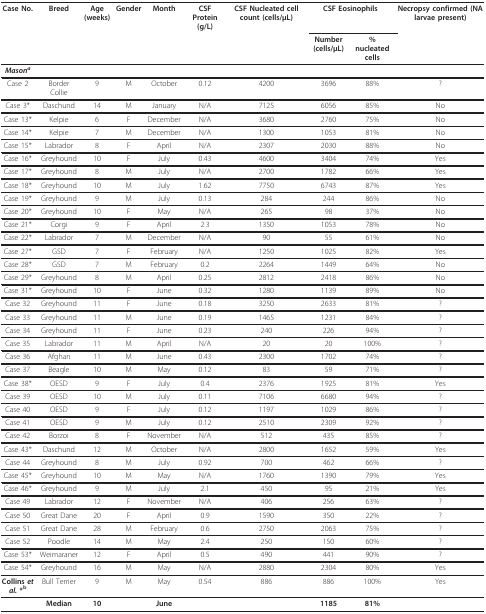
<table><thead><tr><td><b>Case No.</b></td><td><b>Breed</b></td><td><b>Age (weeks)</b></td><td><b>Gender</b></td><td><b>Month</b></td><td><b>CSF Protein (g/L)</b></td><td><b>CSF Nucleated cell count (cells/μL)</b></td><td colspan="2"><b>CSF Eosinophils</b></td><td><b>Necropsy confirmed (NA larvae present)</b></td></tr><tr><td></td><td></td><td></td><td></td><td></td><td></td><td></td><td><b>Number (cells/μL)</b></td><td><b>% nucleated cells</b></td><td></td></tr></thead><tbody><tr><td><b><i>Mason<sup>a</sup></i></b></td><td></td><td></td><td></td><td></td><td></td><td></td><td></td><td></td><td></td></tr><tr><td>Case 2</td><td>Border Collie</td><td>9</td><td>M</td><td>October</td><td>0.12</td><td>4200</td><td>3696</td><td>88%</td><td>?</td></tr><tr><td>Case 3*</td><td>Daschund</td><td>14</td><td>M</td><td>January</td><td>N/A</td><td>7125</td><td>6056</td><td>85%</td><td>No</td></tr><tr><td>Case 13*</td><td>Kelpie</td><td>6</td><td>F</td><td>December</td><td>N/A</td><td>3680</td><td>2760</td><td>75%</td><td>No</td></tr><tr><td>Case 14*</td><td>Kelpie</td><td>7</td><td>M</td><td>December</td><td>N/A</td><td>1300</td><td>1053</td><td>81%</td><td>No</td></tr><tr><td>Case 15*</td><td>Labrador</td><td>8</td><td>F</td><td>April</td><td>N/A</td><td>2307</td><td>2030</td><td>88%</td><td>No</td></tr><tr><td>Case 16*</td><td>Greyhound</td><td>10</td><td>F</td><td>July</td><td>0.43</td><td>4600</td><td>3404</td><td>74%</td><td>Yes</td></tr><tr><td>Case 17*</td><td>Greyhound</td><td>8</td><td>M</td><td>July</td><td>N/A</td><td>2700</td><td>1782</td><td>66%</td><td>Yes</td></tr><tr><td>Case 18*</td><td>Greyhound</td><td>10</td><td>M</td><td>July</td><td>1.62</td><td>7750</td><td>6743</td><td>87%</td><td>Yes</td></tr><tr><td>Case 19*</td><td>Greyhound</td><td>9</td><td>M</td><td>July</td><td>0.13</td><td>284</td><td>244</td><td>86%</td><td>No</td></tr><tr><td>Case 20*</td><td>Greyhound</td><td>10</td><td>F</td><td>May</td><td>N/A</td><td>265</td><td>98</td><td>37%</td><td>No</td></tr><tr><td>Case 21*</td><td>Corgi</td><td>9</td><td>F</td><td>April</td><td>2.3</td><td>1350</td><td>1053</td><td>78%</td><td>No</td></tr><tr><td>Case 22*</td><td>Labrador</td><td>7</td><td>M</td><td>December</td><td>N/A</td><td>90</td><td>55</td><td>61%</td><td>No</td></tr><tr><td>Case 27*</td><td>GSD</td><td>7</td><td>F</td><td>February</td><td>N/A</td><td>1250</td><td>1025</td><td>82%</td><td>Yes</td></tr><tr><td>Case 28*</td><td>GSD</td><td>7</td><td>M</td><td>February</td><td>0.2</td><td>2264</td><td>1449</td><td>64%</td><td>No</td></tr><tr><td>Case 29*</td><td>Greyhound</td><td>8</td><td>M</td><td>April</td><td>0.25</td><td>2812</td><td>2418</td><td>86%</td><td>No</td></tr><tr><td>Case 31*</td><td>Greyhound</td><td>10</td><td>F</td><td>June</td><td>0.32</td><td>1280</td><td>1139</td><td>89%</td><td>No</td></tr><tr><td>Case 32</td><td>Greyhound</td><td>11</td><td>F</td><td>June</td><td>0.18</td><td>3250</td><td>2633</td><td>81%</td><td>?</td></tr><tr><td>Case 33</td><td>Greyhound</td><td>11</td><td>M</td><td>June</td><td>0.19</td><td>1465</td><td>1231</td><td>84%</td><td>?</td></tr><tr><td>Case 34</td><td>Greyhound</td><td>11</td><td>F</td><td>June</td><td>0.23</td><td>240</td><td>226</td><td>94%</td><td>?</td></tr><tr><td>Case 35</td><td>Labrador</td><td>11</td><td>M</td><td>April</td><td>N/A</td><td>20</td><td>20</td><td>100%</td><td>?</td></tr><tr><td>Case 36</td><td>Afghan</td><td>11</td><td>M</td><td>June</td><td>0.43</td><td>2300</td><td>1702</td><td>74%</td><td>?</td></tr><tr><td>Case 37</td><td>Beagle</td><td>10</td><td>M</td><td>May</td><td>0.12</td><td>83</td><td>59</td><td>71%</td><td>?</td></tr><tr><td>Case 38*</td><td>OESD</td><td>9</td><td>F</td><td>July</td><td>0.4</td><td>2376</td><td>1925</td><td>81%</td><td>Yes</td></tr><tr><td>Case 39</td><td>OESD</td><td>10</td><td>M</td><td>July</td><td>0.11</td><td>7106</td><td>6680</td><td>94%</td><td>?</td></tr><tr><td>Case 40</td><td>OESD</td><td>9</td><td>F</td><td>July</td><td>0.12</td><td>1197</td><td>1029</td><td>86%</td><td>?</td></tr><tr><td>Case 41</td><td>OESD</td><td>9</td><td>M</td><td>July</td><td>0.12</td><td>2510</td><td>2309</td><td>92%</td><td>?</td></tr><tr><td>Case 42</td><td>Borzoi</td><td>8</td><td>F</td><td>November</td><td>N/A</td><td>512</td><td>435</td><td>85%</td><td>?</td></tr><tr><td>Case 43*</td><td>Daschund</td><td>12</td><td>M</td><td>October</td><td>N/A</td><td>2800</td><td>1652</td><td>59%</td><td>Yes</td></tr><tr><td>Case 44</td><td>Greyhound</td><td>8</td><td>M</td><td>July</td><td>0.92</td><td>700</td><td>462</td><td>66%</td><td>?</td></tr><tr><td>Case 45*</td><td>Greyhound</td><td>10</td><td>M</td><td>May</td><td>N/A</td><td>1760</td><td>1390</td><td>79%</td><td>Yes</td></tr><tr><td>Case 46*</td><td>Greyhound</td><td>9</td><td>M</td><td>July</td><td>2.1</td><td>450</td><td>95</td><td>21%</td><td>Yes</td></tr><tr><td>Case 49</td><td>Labrador</td><td>12</td><td>F</td><td>November</td><td>N/A</td><td>406</td><td>256</td><td>63%</td><td>?</td></tr><tr><td>Case 50</td><td>Great Dane</td><td>20</td><td>F</td><td>April</td><td>0.9</td><td>1590</td><td>350</td><td>22%</td><td>?</td></tr><tr><td>Case 51</td><td>Great Dane</td><td>28</td><td>M</td><td>February</td><td>0.6</td><td>2750</td><td>2063</td><td>75%</td><td>?</td></tr><tr><td>Case 52</td><td>Poodle</td><td>14</td><td>M</td><td>May</td><td>2.4</td><td>250</td><td>150</td><td>60%</td><td>?</td></tr><tr><td>Case 53*</td><td>Weimaraner</td><td>12</td><td>F</td><td>April</td><td>0.5</td><td>490</td><td>441</td><td>90%</td><td>?</td></tr><tr><td>Case 54*</td><td>Greyhound</td><td>16</td><td>M</td><td>May</td><td>N/A</td><td>2880</td><td>2304</td><td>80%</td><td>Yes</td></tr><tr><td><b>Collins <i>et al. </i>*<sup>b</sup></b></td><td>Bull Terrier</td><td>9</td><td>M</td><td>May</td><td>0.54</td><td>886</td><td>886</td><td>100%</td><td>Yes</td></tr><tr><td></td><td><b>Median</b></td><td><b>10</b></td><td></td><td><b>June</b></td><td></td><td></td><td><b>1185</b></td><td><b>81%</b></td><td></td></tr></tbody></table>